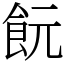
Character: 䬧